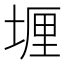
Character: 𫮈